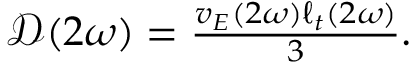
\begin{array} { r } { \mathcal { D } ( 2 \omega ) = \frac { v _ { E } ( 2 \omega ) \ell _ { t } ( 2 \omega ) } { 3 } . } \end{array}